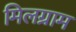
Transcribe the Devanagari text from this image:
मिलग्राम